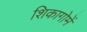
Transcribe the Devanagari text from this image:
शिकागोमें